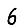
Digit: 6